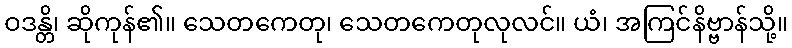
ဝဒန္တိ၊ ဆိုကုန်၏။ သေတကေတု၊ သေတကေတုလုလင်။ ယံ၊ အကြင်နိဗ္ဗာန်သို့။